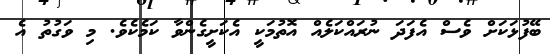
ބޭފުޅަކަށް ވެސް އެފަދަ ނުރައްކަލެއް އޮތުމަކީ އެކަށީގެންވާ ކަމެކެވެ. މި ވަގުތު އެ